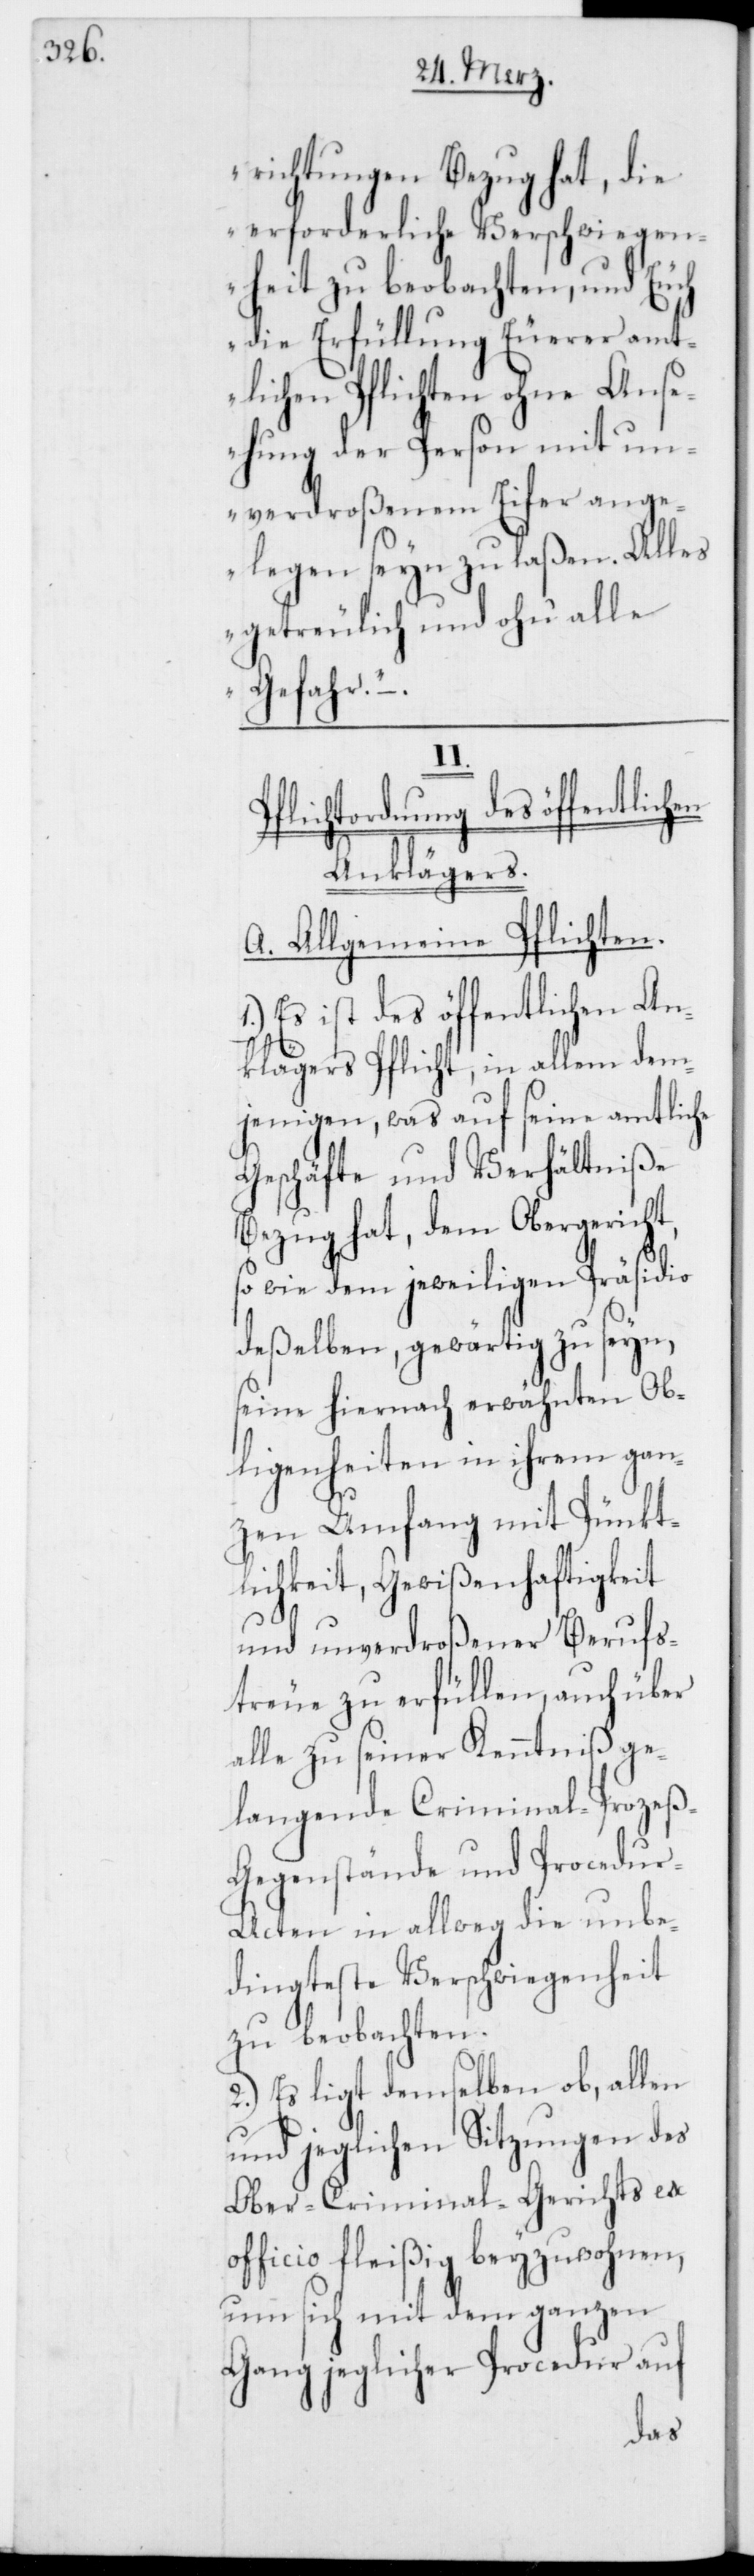
richtungen Bezug hat, die
erforderliche Verschwiegen¬
heit zu beobachten, und euch
die Erfüllung Euerer amt¬
lichen Pflichten ohne Ans¬
ehung der Person mit un¬
verdroßenem Eifer ange¬
legen seyn zu laßen. Alles
getreulich und ohne alle
Gefahr.“
II.
Pflichtordnung d¬
Anklägers.
A. Allgemeine Pflicht¬
1.) Es ist des öffentlichen An¬
ht,
klägers Pflicht, in allem
jenigen, was auf seine amtliche
Geschäfte und Verhältniße
Bezug hat, dem Obergeric¬
so wie dem jeweiligen Präsidio
deßelben gewärtig zu seyn,
seine hiernach erwähnten Ob¬
ligenheiten in ihrem gan¬
zen Umfang mit Pünkt¬
lichkeit, Gewißenhaftigkeit
und unverdroßener Berufs¬
treue zu erfüllen, auch über
alle zu seiner Kenntniß ge¬
langende Criminal-Prozeß-G¬
egenstände und Procedu¬
r-Acten in allweg die unbe¬
dingteste Verschwiegenheit
zu beobachten.
2.) Es ligt demselben ob, allen
und jeglichen Sitzungen des
Ober-Criminal-Gerichts ex
officio fleißig beyzuwohnen,
um sich mit dem ganzen
Gang jeglicher Procedur auf